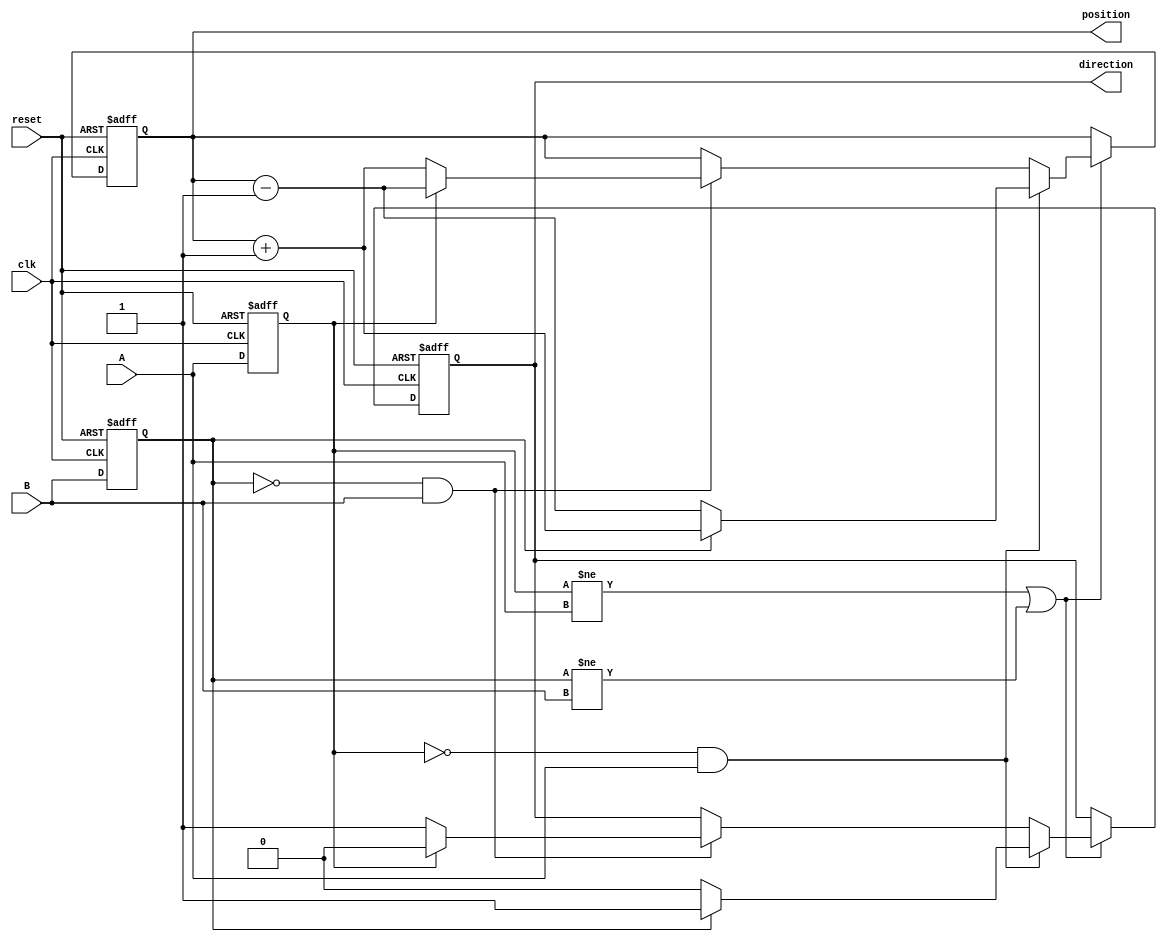
module rotary_encoder (
    input wire clk,            // Clock signal
    input wire reset,          // Reset signal
    input wire A,             // Signal A from rotary encoder
    input wire B,             // Signal B from rotary encoder
    output reg [15:0] position, // Position counter (16-bit)
    output reg direction       // Direction signal (1: CW, 0: CCW)
);

    reg A_prev, B_prev;       // Registers to hold previous states of A and B

    // Debouncing logic can be implemented here if needed
    // For simplicity, we assume A and B are already debounced

    always @(posedge clk or posedge reset) begin
        if (reset) begin
            position <= 16'b0;  // Reset position to 0
            direction <= 1'b0;   // Default direction (can be set as desired)
            A_prev <= 1'b0;      // Initialize previous state of A
            B_prev <= 1'b0;      // Initialize previous state of B
        end else begin
            // Capture the previous states
            A_prev <= A;
            B_prev <= B;

            // Detect changes in A and B
            if (A_prev != A || B_prev != B) begin
                // Determine direction based on the state transitions
                if (A_prev == 1'b0 && A == 1'b1) begin // A rising edge
                    if (B_prev == 1'b1) begin
                        position <= position + 1; // Clockwise
                        direction <= 1'b1;         // CW
                    end else begin
                        position <= position - 1; // Counterclockwise
                        direction <= 1'b0;         // CCW
                    end
                end else if (B_prev == 1'b0 && B == 1'b1) begin // B rising edge
                    if (A_prev == 1'b0) begin
                        position <= position + 1; // Clockwise
                        direction <= 1'b1;         // CW
                    end else begin
                        position <= position - 1; // Counterclockwise
                        direction <= 1'b0;         // CCW
                    end
                end
            end
        end
    end
endmodule